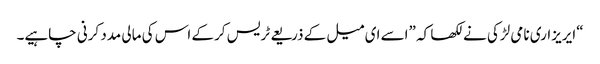
“ایریزاری نامی لڑکی نے لکھا کہ ”اسے ای میل کے ذریعے ٹریس کرکے اس کی مالی مدد کرنی چاہیے۔